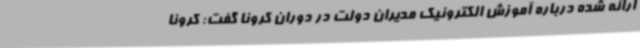
ارائه شده درباره آموزش الکترونیک مدیران دولت در دوران کرونا گفت: کرونا